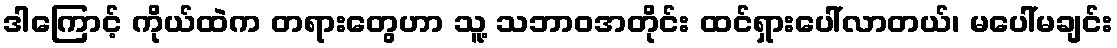
ဒါကြောင့် ကိုယ်ထဲက တရားတွေဟာ သူ့ သဘာဝအတိုင်း ထင်ရှားပေါ်လာတယ်၊ မပေါ်မချင်း